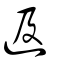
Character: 﨤